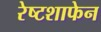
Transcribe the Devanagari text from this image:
रेष्टशाफेन